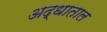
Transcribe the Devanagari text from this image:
अद्धाताल